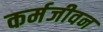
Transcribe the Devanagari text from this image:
कर्मजीवन